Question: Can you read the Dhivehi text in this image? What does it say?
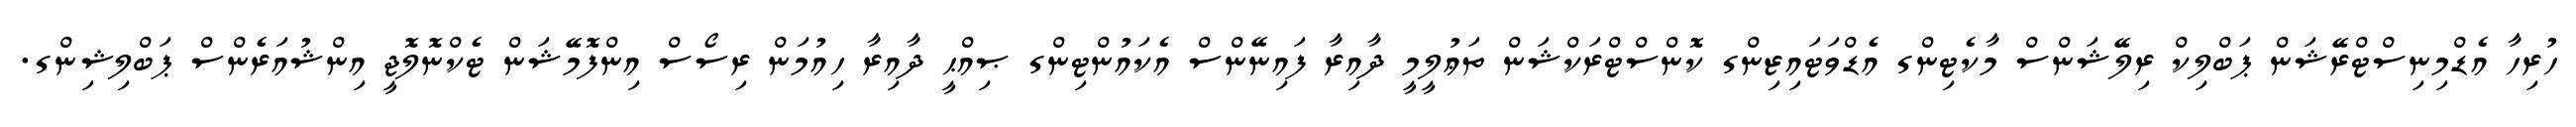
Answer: ހުރިހާ އެޑްމިނިސްޓްރޭޝަން ޕަބްލިކް ރިލޭޝަންސް މާކެޓިންގ އެޑްވަޓައިޒިންގ ކޮންސްޓްރަކްޝަން ތަޢުލީމީ ދާއިރާ ފައިނޭންސް އެކައުންޓިންގ ޞިއްޙީ ދާއިރާ ހިއުމަން ރިސޯސް އިންފޮމޭޝަން ޓެކްނޮލޮޖީ އިންޝުއަރެންސް ޕަބްލިޝިންގ.